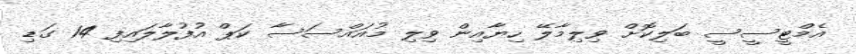
އެމްޓީސީސީ ބަލިކޮށް ވިލިމާލޭ ހިޔާއިން ވިލި މުއައްސަސާ ކަޕް އުފުލާލައިފި 14 ގަޑި